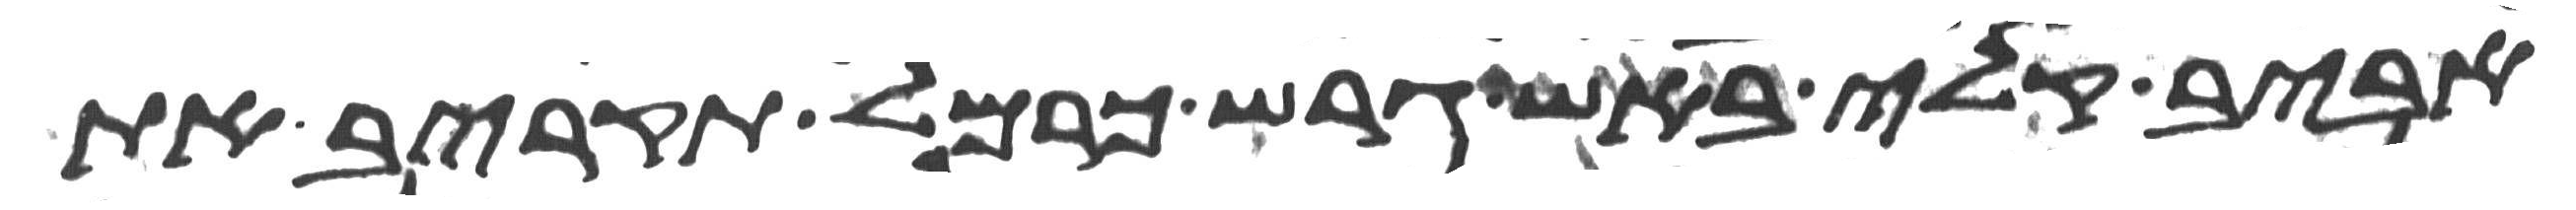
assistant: אביב קלי באש גרש כרמל תקריב את